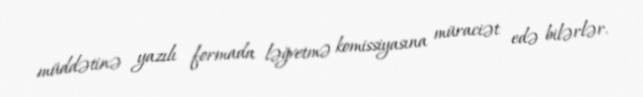
müddətinə yazılı formada ləğvetmə komissiyasına müraciət edə bilərlər.